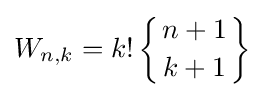
W_{n,k}=k!\left\{{n+1 \atop k+1}\right\}